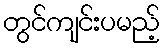
တွင်ကျင်းပမည့်